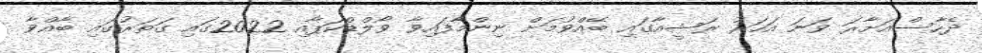
ދެހާސްއަށާރަ ވަނަ އަހަރު ރަޝީއާގައި ބޭއްވުމަށް ނިންމާފައިވާ ވޯލްޑްކަޕާއި 2022ގައި ގަތަރުގައި ބާއްވާ